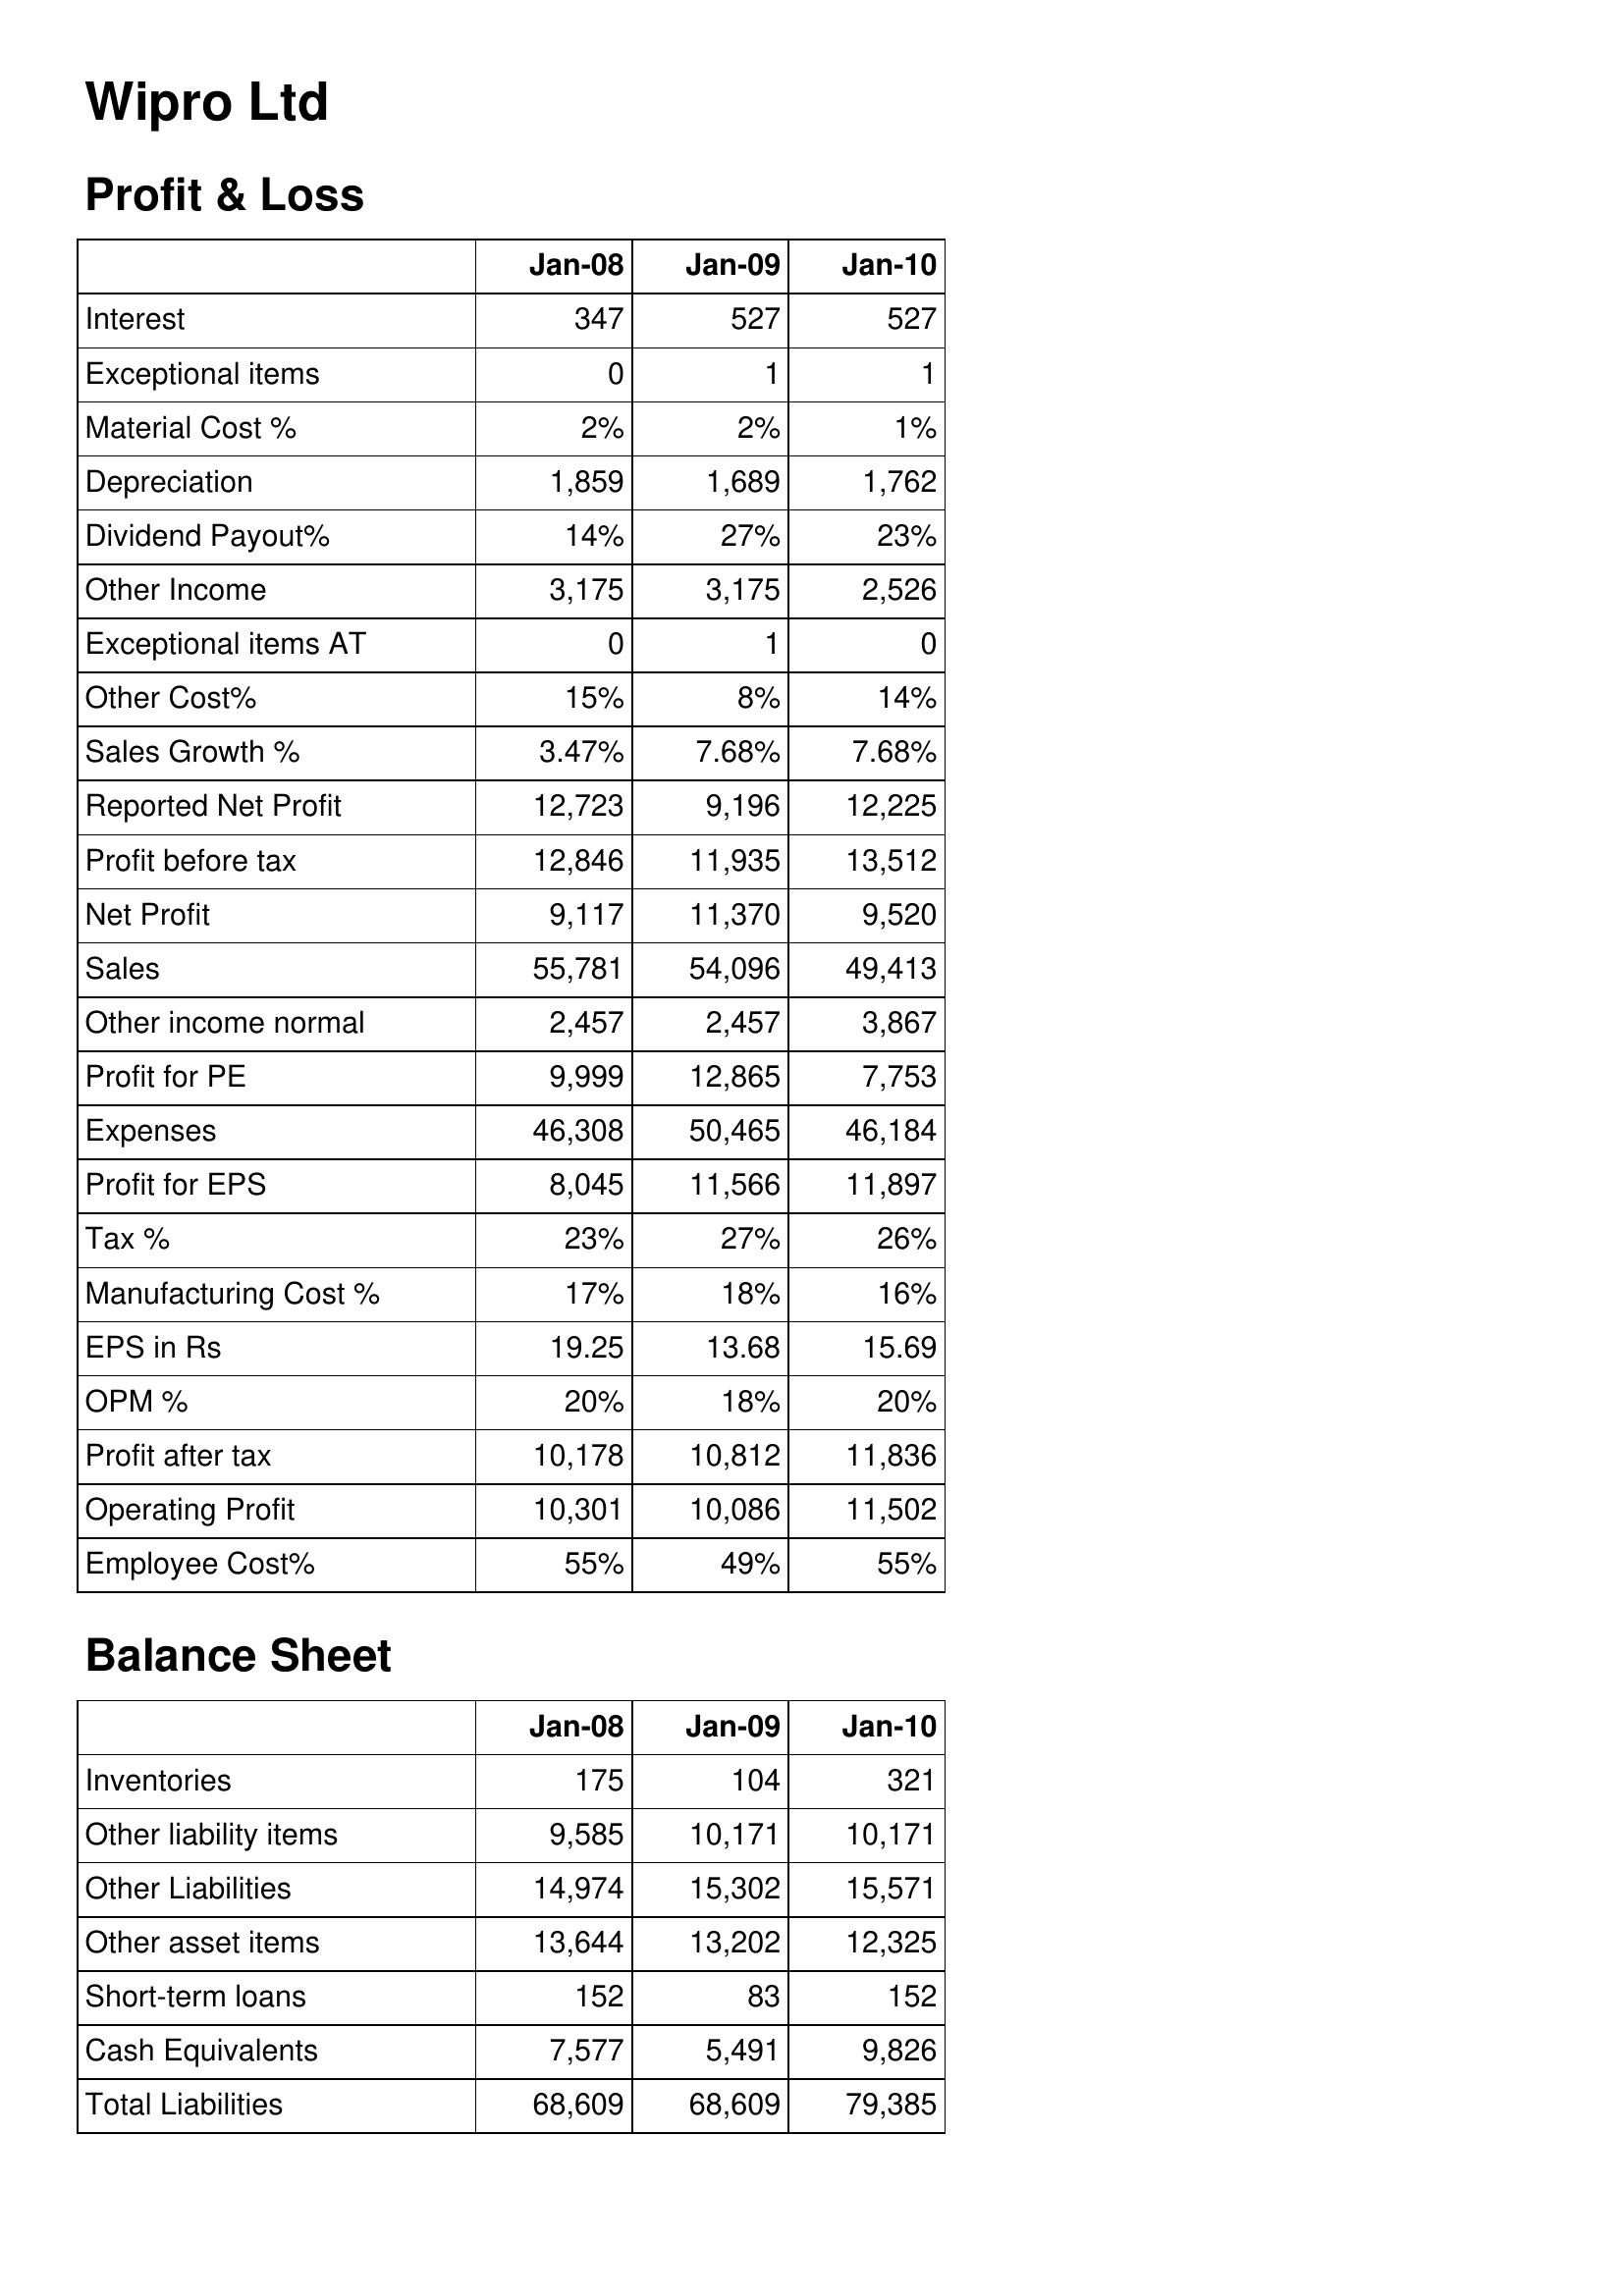
Jan-08: Profit & Loss: Interest: 347
Exceptional items: 0
Material Cost %: 2%
Depreciation: 1,859
Dividend Payout%: 14%
Other Income: 3,175
Exceptional items AT: 0
Other Cost%: 15%
Sales Growth %: 3.47%
Reported Net Profit: 12,723
Profit before tax: 12,846
Net Profit: 9,117
Sales: 55,781
Other income normal: 2,457
Profit for PE: 9,999
Expenses: 46,308
Profit for EPS: 8,045
Tax %: 23%
Manufacturing Cost %: 17%
EPS in Rs: 19.25
OPM %: 20%
Profit after tax: 10,178
Operating Profit: 10,301
Employee Cost%: 55%
Balance Sheet: Inventories: 175
Other liability items: 9,585
Other Liabilities: 14,974
Other asset items: 13,644
Short-term loans: 152
Cash Equivalents: 7,577
Total Liabilities: 68,609
Jan-09: Profit & Loss: Interest: 527
Exceptional items: 1
Material Cost %: 2%
Depreciation: 1,689
Dividend Payout%: 27%
Other Income: 3,175
Exceptional items AT: 1
Other Cost%: 8%
Sales Growth %: 7.68%
Reported Net Profit: 9,196
Profit before tax: 11,935
Net Profit: 11,370
Sales: 54,096
Other income normal: 2,457
Profit for PE: 12,865
Expenses: 50,465
Profit for EPS: 11,566
Tax %: 27%
Manufacturing Cost %: 18%
EPS in Rs: 13.68
OPM %: 18%
Profit after tax: 10,812
Operating Profit: 10,086
Employee Cost%: 49%
Balance Sheet: Inventories: 104
Other liability items: 10,171
Other Liabilities: 15,302
Other asset items: 13,202
Short-term loans: 83
Cash Equivalents: 5,491
Total Liabilities: 68,609
Jan-10: Profit & Loss: Interest: 527
Exceptional items: 1
Material Cost %: 1%
Depreciation: 1,762
Dividend Payout%: 23%
Other Income: 2,526
Exceptional items AT: 0
Other Cost%: 14%
Sales Growth %: 7.68%
Reported Net Profit: 12,225
Profit before tax: 13,512
Net Profit: 9,520
Sales: 49,413
Other income normal: 3,867
Profit for PE: 7,753
Expenses: 46,184
Profit for EPS: 11,897
Tax %: 26%
Manufacturing Cost %: 16%
EPS in Rs: 15.69
OPM %: 20%
Profit after tax: 11,836
Operating Profit: 11,502
Employee Cost%: 55%
Balance Sheet: Inventories: 321
Other liability items: 10,171
Other Liabilities: 15,571
Other asset items: 12,325
Short-term loans: 152
Cash Equivalents: 9,826
Total Liabilities: 79,385